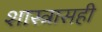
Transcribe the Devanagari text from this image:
शास्त्रासही